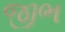
જીભ